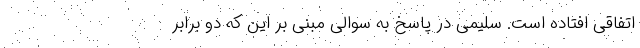
اتفاقی افتاده است. سلیمی در پاسخ به سوالی مبنی بر این که دو برابر